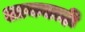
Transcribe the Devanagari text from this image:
आकडाही